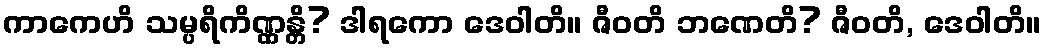
ကာကေဟိ သမ္ပရိကိဏ္ဏန္တိ? ဒါရကော ဒေဝါတိ။ ဇီဝတိ ဘဏေတိ? ဇီဝတိ, ဒေဝါတိ။